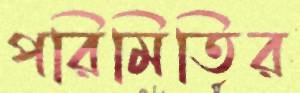
পরিমিতির